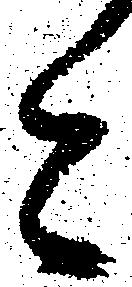
今